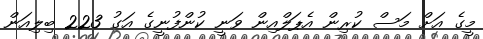
މީގެ އަށް މަސް ކުރިން އެޕަލްއިން ވަނީ ކުންފުނީގެ އަގު 223 ބިލިއަން